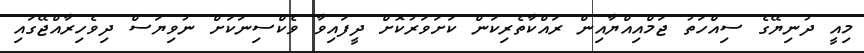
މިއީ ދުނިޔޭގެ ސިއްހަތު ޖަމްއިއްޔާއިން ރައްކާތެރިކަން ކަށަވަރުކޮށް ދީފައިވާ ވެކްސިނަކަށް ނުވިޔަސް ދިވެހިރާއްޖޭގައި